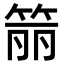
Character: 𬕄